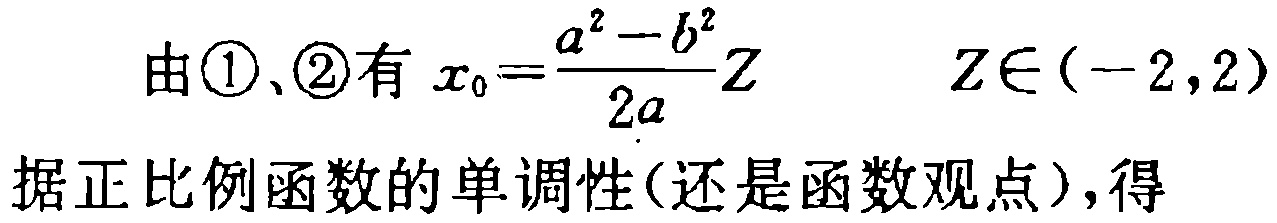
由\textcircled{1}、\textcircled{2}有 \(x_{0}=\frac{a^{2}-b^{2}}{2a}Z\quad Z\in(-2,2)\)
据正比例函数的单调性(还是函数观点)，得